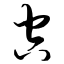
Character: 空